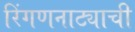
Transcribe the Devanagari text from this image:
रिंगणनाट्याची